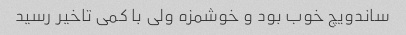
ساندویچ خوب بود و خوشمزه ولی با کمی تاخیر رسید